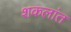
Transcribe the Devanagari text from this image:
शकलांत